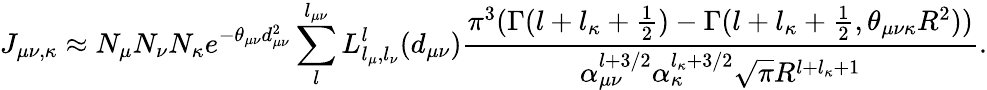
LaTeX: J_{\mu\nu,\kappa}\approx N_{\mu}N_{\nu}N_{\kappa}e^{-\theta_{\mu\nu}d_{\mu\nu}^{2}}\sum_{l}^{l_{\mu\nu}}L_{l_{\mu},l_{\nu}}^{l}(d_{\mu\nu})\frac{\pi^{3}(\Gamma(l+l_{\kappa}+\frac{1}{2})-\Gamma(l+l_{\kappa}+\frac{1}{2},\theta_{\mu\nu\kappa}R^{2}))}{\alpha_{\mu\nu}^{l+3/2}\alpha_{\kappa}^{l_{\kappa}+3/2}\sqrt{\pi}R^{l+l_{\kappa}+1}}.